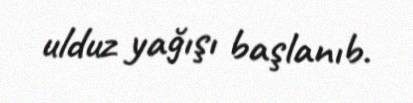
ulduz yağışı başlanıb.